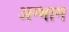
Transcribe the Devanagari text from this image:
अग्भाग